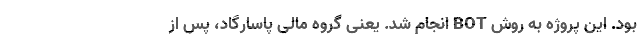
بود. این پروژه به روش BOT انجام شد. یعنی گروه ‌مالی پاسارگاد، پس از